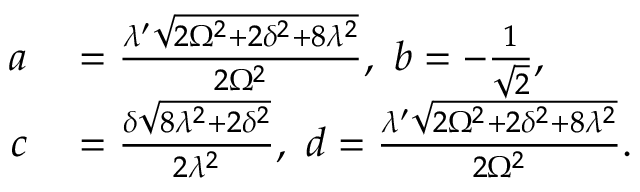
\begin{array} { r l } { a } & { { } = \frac { \lambda ^ { \prime } \sqrt { 2 \Omega ^ { 2 } + 2 \delta ^ { 2 } + 8 \lambda ^ { 2 } } } { 2 \Omega ^ { 2 } } , ~ b = - \frac { 1 } { \sqrt { 2 } } , } \\ { c } & { { } = \frac { \delta \sqrt { 8 \lambda ^ { 2 } + 2 \delta ^ { 2 } } } { 2 \lambda ^ { 2 } } , ~ d = \frac { \lambda ^ { \prime } \sqrt { 2 \Omega ^ { 2 } + 2 \delta ^ { 2 } + 8 \lambda ^ { 2 } } } { 2 \Omega ^ { 2 } } . } \end{array}